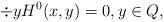
LaTeX: \begin{align*}\div{y}{H^0(x,y)} = 0, y \in Q,\end{align*}